Lunatic asylums Madras 1892-1911 - 1892-1911
Year: 1892
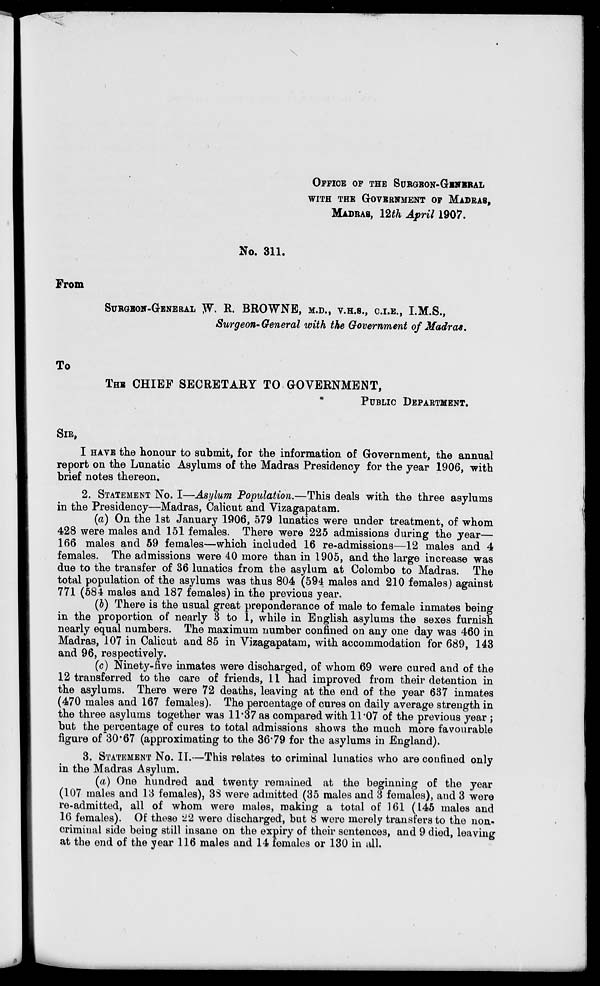
OFFICE OF THE SURGEON-GENERAL
WITH THE GOVERNMENT OF MADRAS,
MADRAS, 12th April 1907.
No. 311.
From
SURGEON-GENERAL JV\ R. BROWNE, M.D., V.H.S., C.I.E., I.M.S.,
Surgeon-General with the Government of Madras.
To
THE CHIEF SECRETARY TO GOVERNMENT,
PUBLIC DEPARTMENT.
SIR,
I HAVE the honour to submit, for the information of Government, the annual
report on the Lunatic Asylums of the Madras Presidency for the year 1906, with
brief notes thereon.
2. STATEMENT NO. I—Asylum Population.—This deals with the three asylums
in the Presidency—Madras, Calicut and Vizagapatam.
(a) On the 1st January 1906, 579 lunatics were under treatment, of whom
428 were males and 151 females. There were 225 admissions during the year—
166 males and 59 females—which included 16 re-admissions—12 males and 4
females. The admissions were 40 more than in 1905, and the large increase was
due to the transfer of 36 lunatics from the asylum at Colombo to Madras. The
total population of the asylums was thus 804 (594 males and 210 females) against
771 (584 males and 187 females) in the previous year.
(J) There is the usual great preponderance of male to female inmates being
in the proportion of nearly 3 to 1, while in English asylums the sexes furnish
nearly equal numbers. The maximum number confined on any one day was 460 in
Madras, 107 in Calicut and 85 in Vizagapatam, with accommodation for 689, 143
and 96, respectively.
(c) Ninety-five inmates were discharged, of whom 69 were cured and of the
12 transferred to the care of friends, 11 had improved from their detention in
the asylums. There were 72 deaths, leaving at the end of the year 637 inmates
(470 males and 167 females). The percentage of cures on daily average strength in
the three asylums together was 11*37 as compared with 11 07 of the previous year;
but the percentage of cures to total admissions shows the much more favourable
figure of 30*67 (approximating to the 36*79 for the asylums in England).
3. STATEMENT No. II.—This relates to criminal lunatics who are confined only
in the Madras Asylum.
(a) One hundred and twenty remained at the beginning of the year
(107 males and 13 females), 33 were admitted (35 males and 3 females), and 3 were
re-admitted, all of whom were males, making a total of 161 (L45 males and
10 females). Of these 22 were discharged, but 8 were merely transfers to the non-
criminal side being still insane on the expiry of their sentences, and 9 died, leaving
at the end of the year 116 males and 14 females or 130 in all.